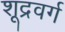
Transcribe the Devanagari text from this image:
शूद्रवर्ग